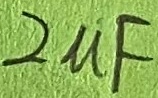
Text: 2µF